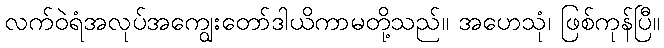
လက်ဝဲရံအလုပ်အကျွေးတော်ဒါယိကာမတို့သည်။ အဟေသုံ၊ ဖြစ်ကုန်ပြီ။